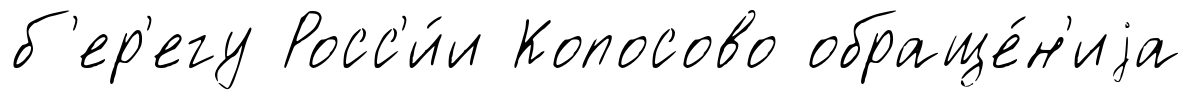
б'ер'егу Росс'и́и Копосово обраще́н'иjа